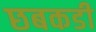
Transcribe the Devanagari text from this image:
छबकडी